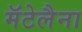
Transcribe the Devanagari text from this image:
मॅटेलैना